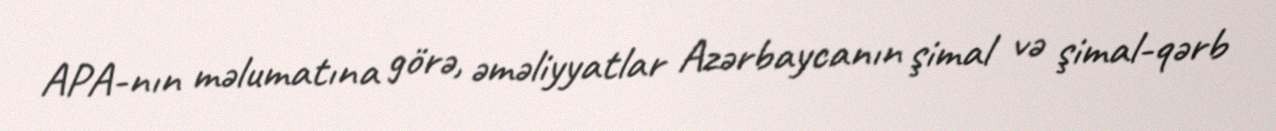
APA-nın məlumatına görə, əməliyyatlar Azərbaycanın şimal və şimal-qərb